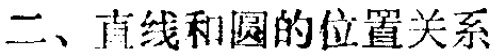
二、直线和圆的位置关系